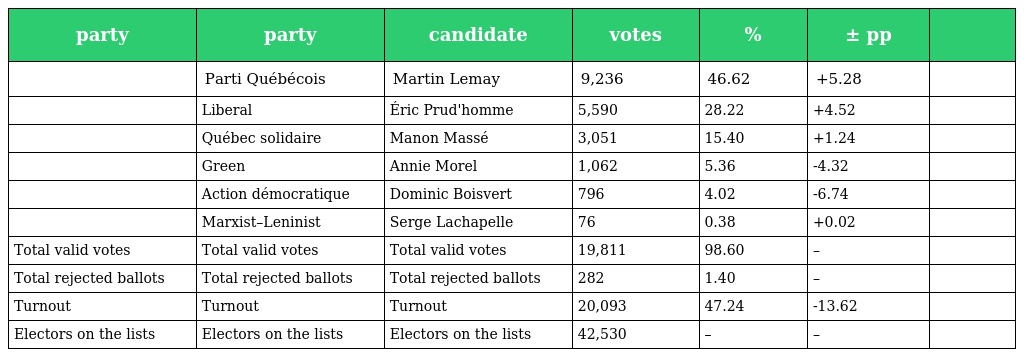
| party | party | candidate | votes | % | ± pp |  |
 | --- | --- | --- | --- | --- | --- | --- |
 |  | Parti Québécois | Martin Lemay | 9,236 | 46.62 | +5.28 |  |
 |  | Liberal | Éric Prud'homme | 5,590 | 28.22 | +4.52 |  |
 |  | Québec solidaire | Manon Massé | 3,051 | 15.40 | +1.24 |  |
 |  | Green | Annie Morel | 1,062 | 5.36 | -4.32 |  |
 |  | Action démocratique | Dominic Boisvert | 796 | 4.02 | -6.74 |  |
 |  | Marxist–Leninist | Serge Lachapelle | 76 | 0.38 | +0.02 |  |
 | Total valid votes | Total valid votes | Total valid votes | 19,811 | 98.60 | – |  |
 | Total rejected ballots | Total rejected ballots | Total rejected ballots | 282 | 1.40 | – |  |
 | Turnout | Turnout | Turnout | 20,093 | 47.24 | -13.62 |  |
 | Electors on the lists | Electors on the lists | Electors on the lists | 42,530 | – | – |  |